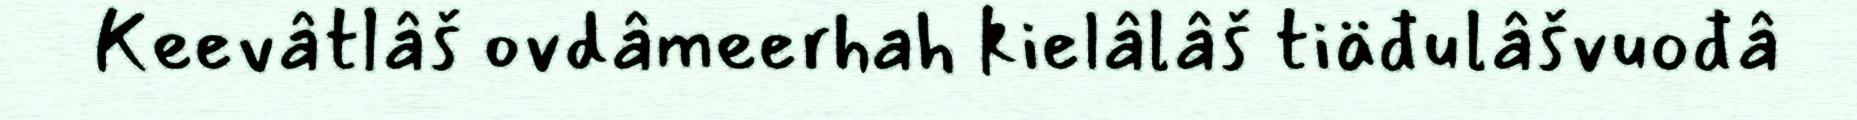
Keevâtlâš ovdâmeerhah kielâlâš tiäđulâšvuođâ